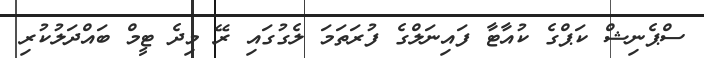
ސްޕެނިޝް ކަޕްގެ ކުއާޓާ ފައިނަލްގެ ފުރަތަމަ ލެގުގައި ރޭ މިދެ ޓީމް ބައްދަލުކުރި